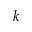
{ k }